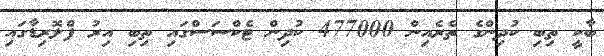
ބާކީ ތިބި ކުދިންގެ ތެރެއިން 477000 ކުދިން ޓެކްސަސްގައި ތިބި އިރު ފްލޮރިޑާގައި